Problem: 12 × 12 = ?
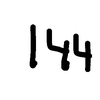
Handwritten answer: 144